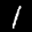
Label: 1